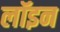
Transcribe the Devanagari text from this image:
लॉइन